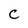
Character: C